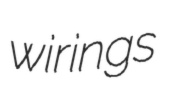
wirings